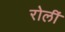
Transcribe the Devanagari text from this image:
रोलीं